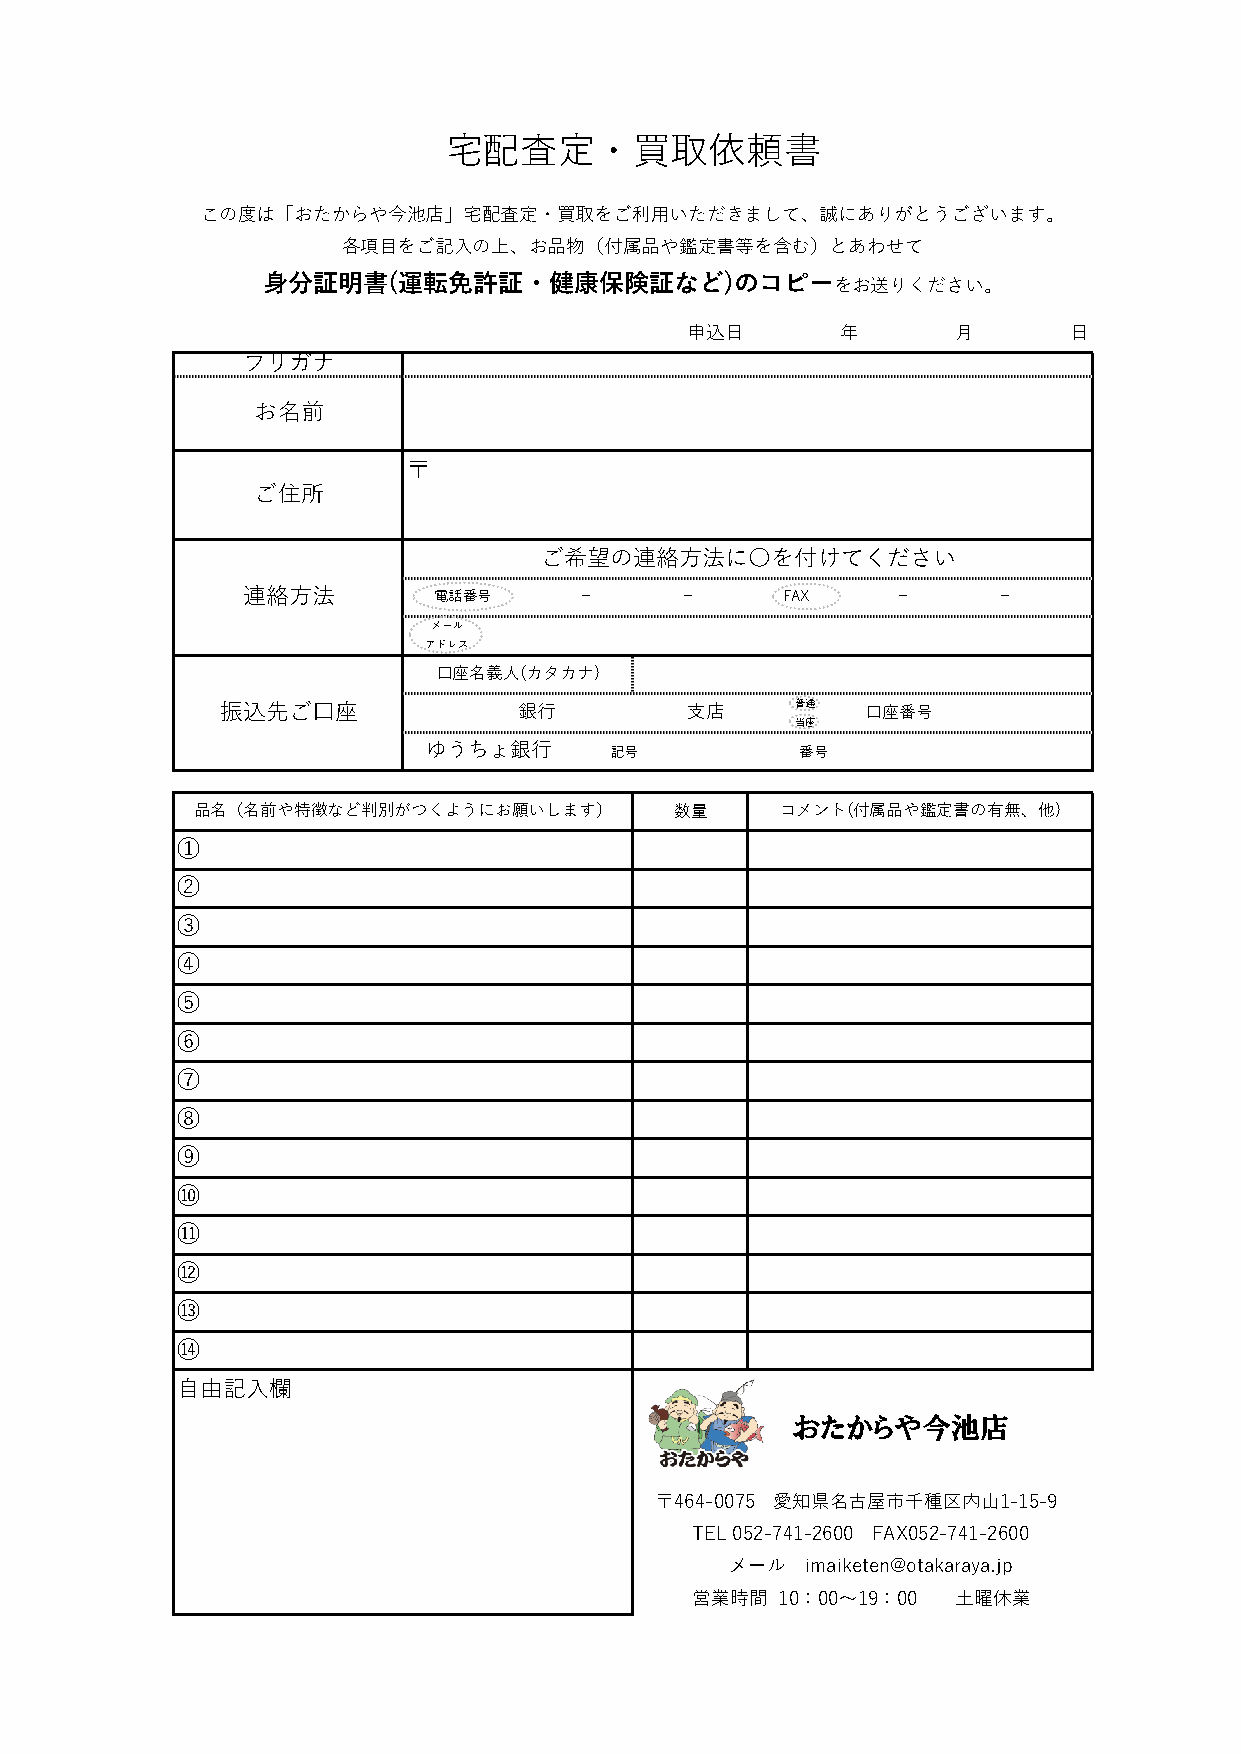
宅配査定・買取依頼書
 この度は「おたからや今池店」宅配査定・買取をご利用いただきまして、誠にありがとうございます。
 各項目をご記入の上、お品物（付属品や鑑定書等を含む）とあわせて
 身分証明書(運転免許証・健康保険証など)のコピーをお送りください。
 申込日        年      月       日
 フリガナ
 お名前
 〒
 ご住所
 ご希望の連絡方法に〇を付けてください
 連絡方法         電話番号     －      －      FAX    －      －
 メール
 アドレス
 口座名義人(カタカナ)
 振込先ご口座             銀行          支店     普 通 口 座番号
 当座
 ゆうちょ銀行      記号           番号
 品名（名前や特徴など判別がつくようにお願いします）       数量     コメント(付属品や鑑定書の有無、他)
 ①
 ②
 ③
 ④
 ⑤
 ⑥
 ⑦
 ⑧
 ⑨
 ⑩
 ⑪
 ⑫
 ⑬
 ⑭
 自由記入欄
 おたからや今池店
 〒464-0075 愛知県名古屋市千種区内山1-15-9
 TEL 052-741-2600 FAX052-741-2600
 メール  imaiketen@otakaraya.jp
 営業時間 10：00～19：00 土曜休業